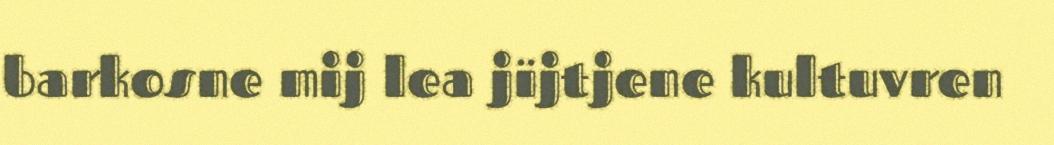
barkosne mij lea jïjtjene kultuvren